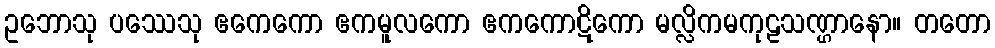
ဥဘောသု ပဿေသု ဧကေကော ဧကမူလကော ဧကကောဋိကော မလ္လိကမကုဠသဏ္ဌာနော။ တတော